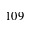
1 0 9